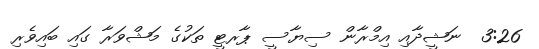
3:26  ނަޝީދާއި އިމްރާން ސިޔާސީ ޕާރޓީ ތަކުގެ މަޝްވަރާ ގައި ބައިވެރި